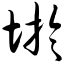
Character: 圩